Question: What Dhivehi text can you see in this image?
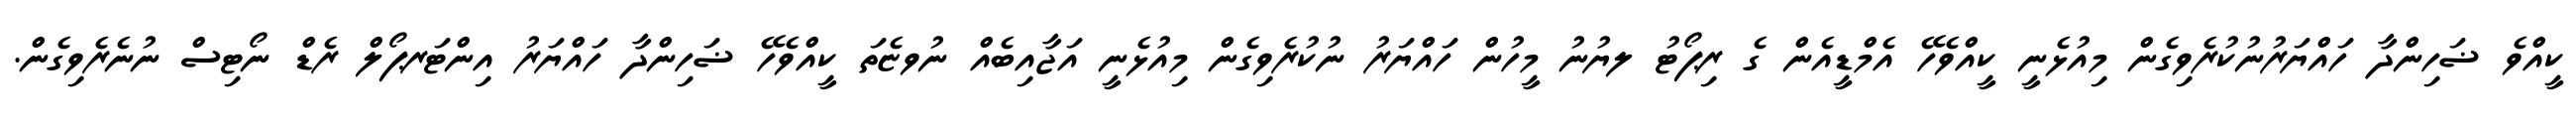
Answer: ކީއްވެ ޟަހިންދާ ހައްޔަރުނުކުރެވިގެން މިއުޅެނީ ކީއްވެހޭ އެމްޑީއެން ގެ ރިޕޯޓު ލޔުނު މީހުން ހައްޔަރު ނުކުރެވިގެން މިއުޅެނީ އަޖާއިބެއް ނުވޏެތަ ކީއްވެހޭ ޟަހިންދާ ހައްޔަރު އިންޓަރޕޯލް ރެޑް ނޯޓިސް ނުނެރެވިގެން.